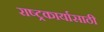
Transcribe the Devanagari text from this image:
राष्ट्रकार्यासाठी